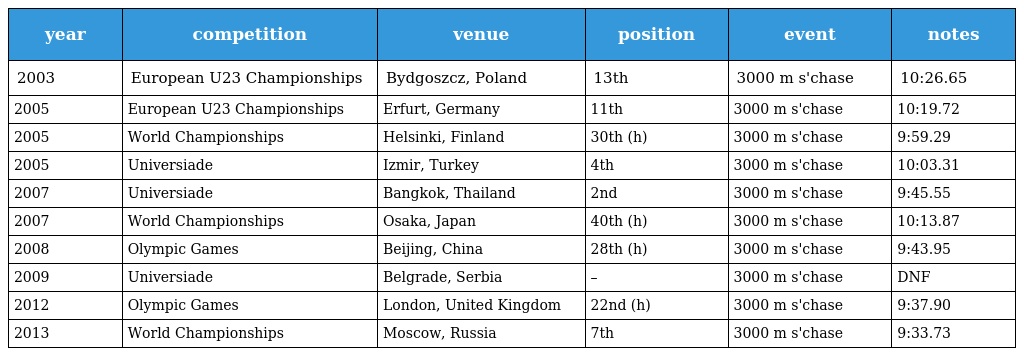
| year | competition | venue | position | event | notes |
 | --- | --- | --- | --- | --- | --- |
 | 2003 | European U23 Championships | Bydgoszcz, Poland | 13th | 3000 m s'chase | 10:26.65 |
 | 2005 | European U23 Championships | Erfurt, Germany | 11th | 3000 m s'chase | 10:19.72 |
 | 2005 | World Championships | Helsinki, Finland | 30th (h) | 3000 m s'chase | 9:59.29 |
 | 2005 | Universiade | Izmir, Turkey | 4th | 3000 m s'chase | 10:03.31 |
 | 2007 | Universiade | Bangkok, Thailand | 2nd | 3000 m s'chase | 9:45.55 |
 | 2007 | World Championships | Osaka, Japan | 40th (h) | 3000 m s'chase | 10:13.87 |
 | 2008 | Olympic Games | Beijing, China | 28th (h) | 3000 m s'chase | 9:43.95 |
 | 2009 | Universiade | Belgrade, Serbia | – | 3000 m s'chase | DNF |
 | 2012 | Olympic Games | London, United Kingdom | 22nd (h) | 3000 m s'chase | 9:37.90 |
 | 2013 | World Championships | Moscow, Russia | 7th | 3000 m s'chase | 9:33.73 |